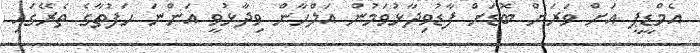
އެމްޑީޕީ އަށް ވަރަށް ބޮޑަށް ފާޑުވިދާޅުވަމުން އަލްހާން ވިދާޅުވީ އަންނަ ހަފުތާގެ ތެރޭގައި